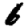
Digit: 6